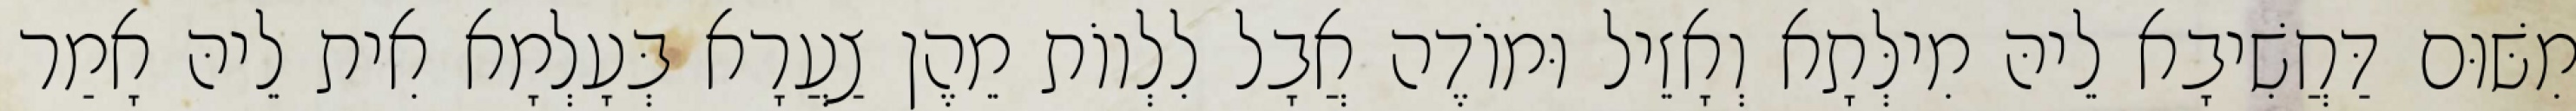
מִשּׁוּם דַּחֲשִׁיבָא לֵיהּ מִילְּתָא וְאָזֵיל וּמוֹדֶה אֲבָל לִלְווֹת מֵהֶן צַעֲרָא בְּעָלְמָא אִית לֵיהּ אָמַר